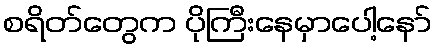
စရိတ်တွေက ပိုကြီးနေမှာပေါ့နော်